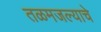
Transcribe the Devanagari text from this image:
तळमजल्याचे